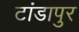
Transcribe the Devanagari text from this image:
टांडापुर